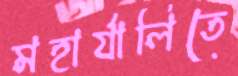
মহার্যালিতে